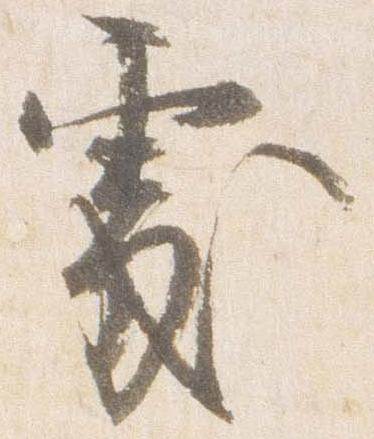
処